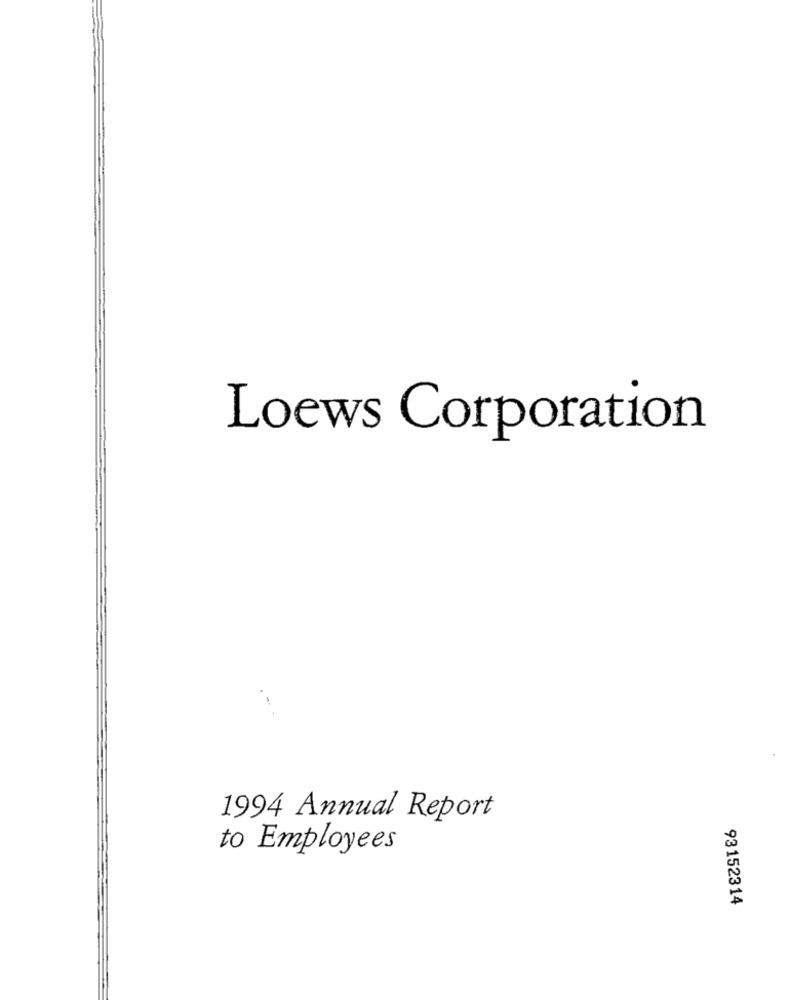
Loews Corporation
1994 Annual Report
to Employees
93152314